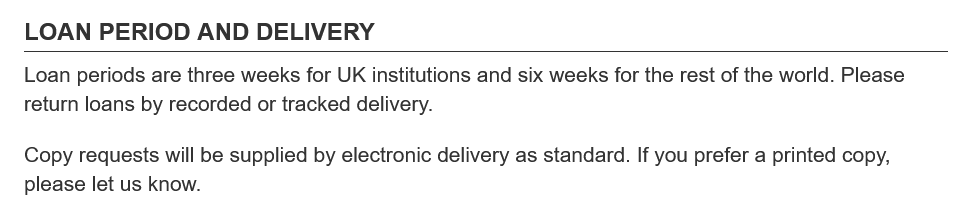
LOAN   PERIOD   AND   DELIVERY
   Loan periods are three weeks for UK institutions and six weeks for the rest of the world. Please
   return loans by recorded or tracked delivery.
   Copy requests will be supplied by electronic delivery as standard. If you prefer a printed copy,
   please let us know.